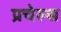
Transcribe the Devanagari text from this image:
प्रचेल्स